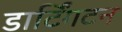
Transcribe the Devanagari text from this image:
डार्टिंगटन